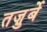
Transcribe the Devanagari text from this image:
तज़ुर्बे